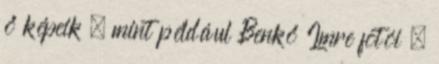
ő képeik – mint például Benkő Imre fotói –